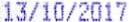
13/10/2017